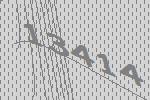
13414